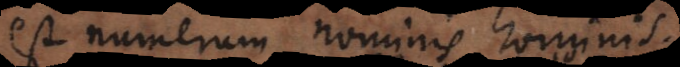
est numerum nominis hominis.